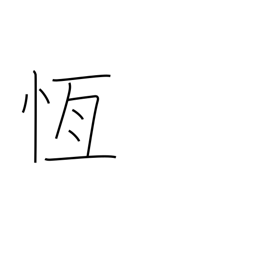
Meaning: persistent